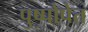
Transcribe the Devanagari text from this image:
पुष्पोपेत